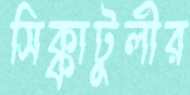
সিক্কাটুলীর